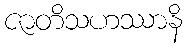
ဇာတိသဟဿာနိ